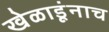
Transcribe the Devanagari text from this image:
खेळाडूंनाच